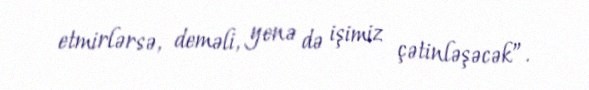
etmirlərsə, deməli, yenə də işimiz çətinləşəcək”.